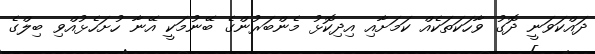
ދައްކަވަނީ ދޮގު ވާހަކަތަކެއް ކަމަށާއި އިދިކޮޅު މެންބަރުންގެ ބޭނުމަކީ އޭނާ ހުށަހެޅުއްވި ބިލްގެ